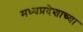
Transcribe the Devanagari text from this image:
मध्यप्रदेशाच्या